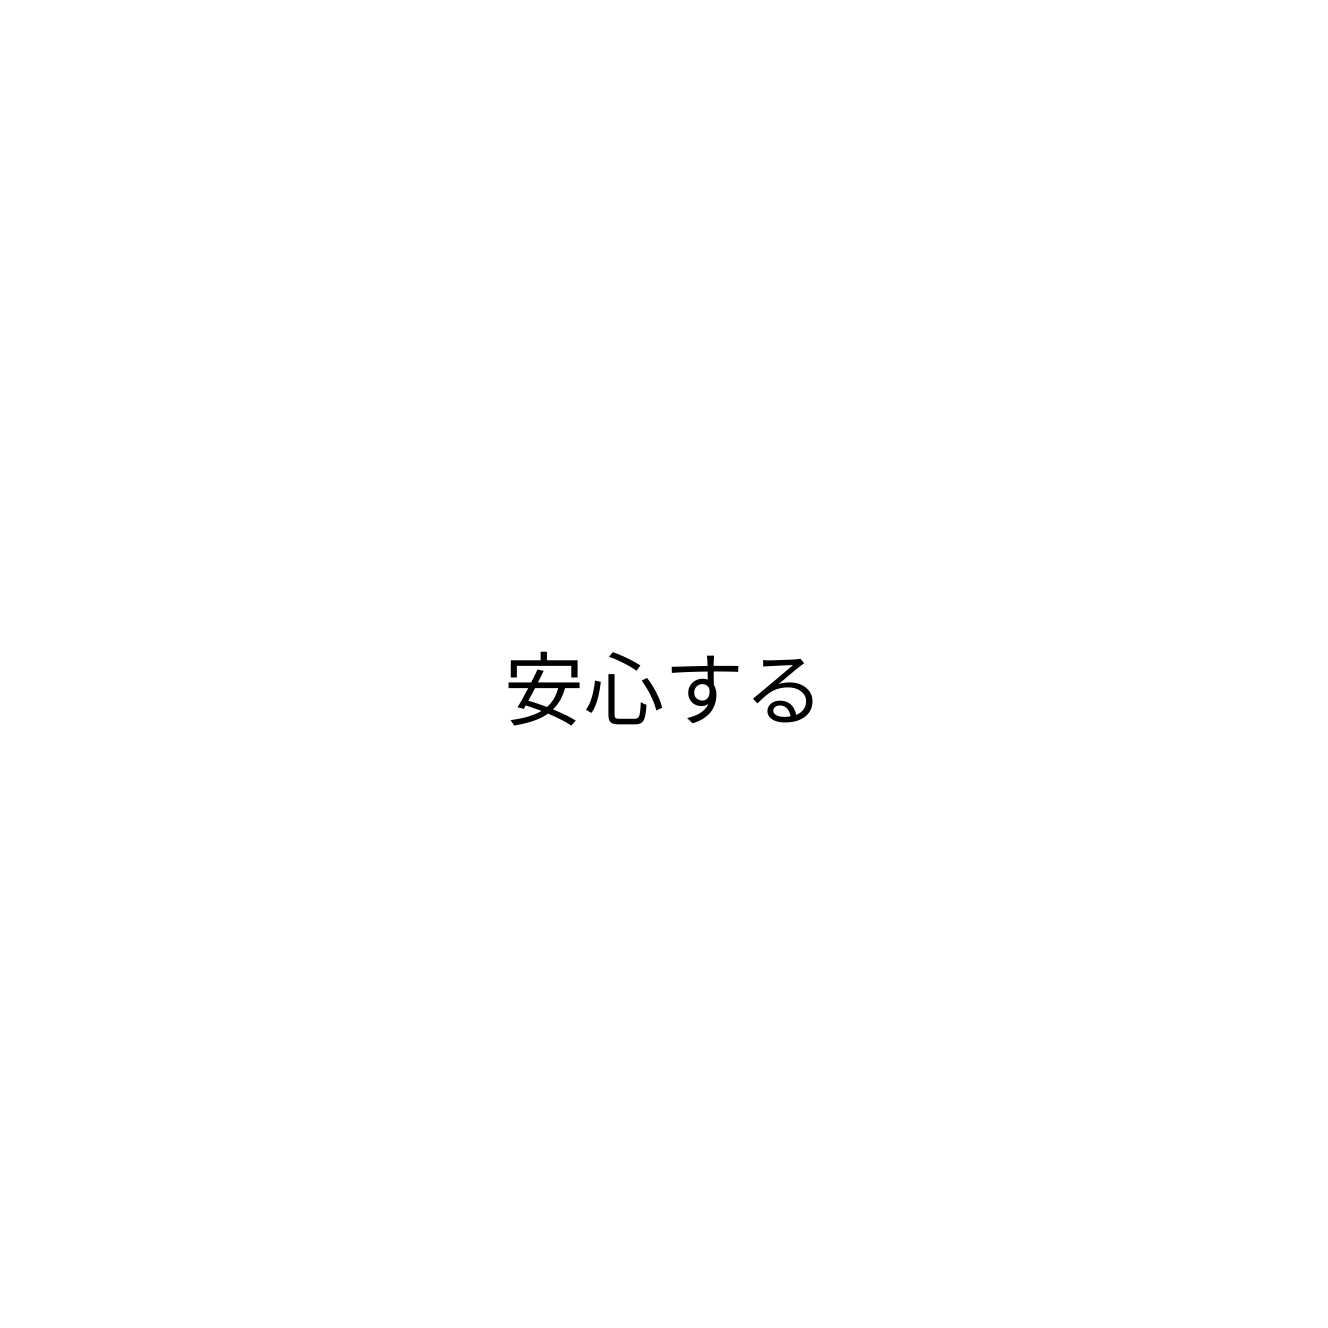
安心する